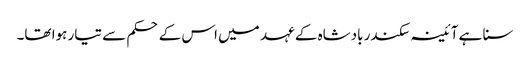
سنا ہے آئینہ سکندر بادشاہ کے عہد میں اس کے حکم سے تیار ہوا تھا۔